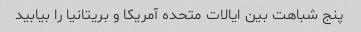
پنج شباهت بین ایالات متحده آمریکا و بریتانیا را بیابید